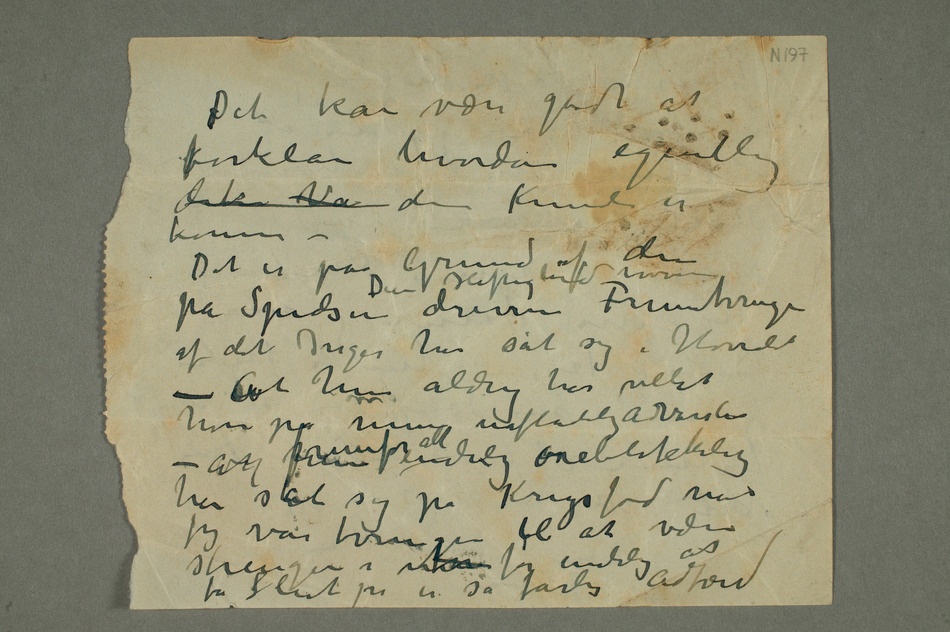
Det kan være godt at
bforklare hvordan egentlig
det Va den Kvinde er
kommen –
Det er paa Grund af den Din Heftighed
på Spidsen drevne Forretninger
af det Inger har sat sig i Hovedet
– At hun aldrig har villet
høre på mine uafladelige Advarsler
– at hun fremfor alt endelig øieblikkelig
ha sat sig på Krigsfod når
jeg var tvungen til at være strengere
i  for endelig at få Slut på en så farlig Adfærd